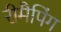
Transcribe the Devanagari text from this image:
रीमैपिंग